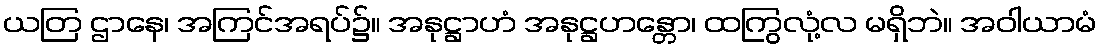
ယတြ ဌာနေ၊ အကြင်အရပ်၌။ အနုဋ္ဌာဟံ အနုဋ္ဌဟန္တော၊ ထကြွလုံ့လ မရှိဘဲ။ အဝါယာမံ